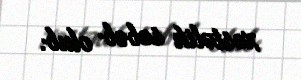
xəstəlik səbəb olub.